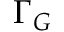
\Gamma _ { G }